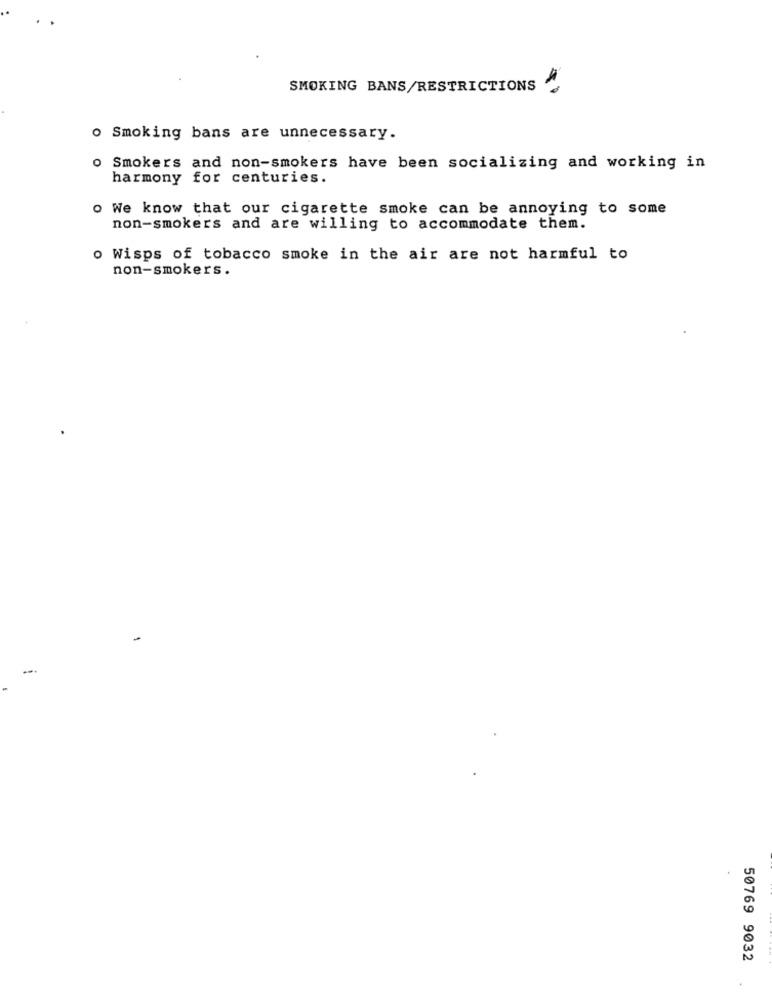
SMOKING BANS/RESTRICTIONS
o Smoking bans are unnecessary.
Smokers and non-smokers have been socializing and working in
harmony for centuries.
o We know that our cigarette smoke can be annoying to some
non-smokers and are willing to accommodate them.
o Wisps of tobacco smoke in the air are not harmful to
non-smokers.
50769 9032